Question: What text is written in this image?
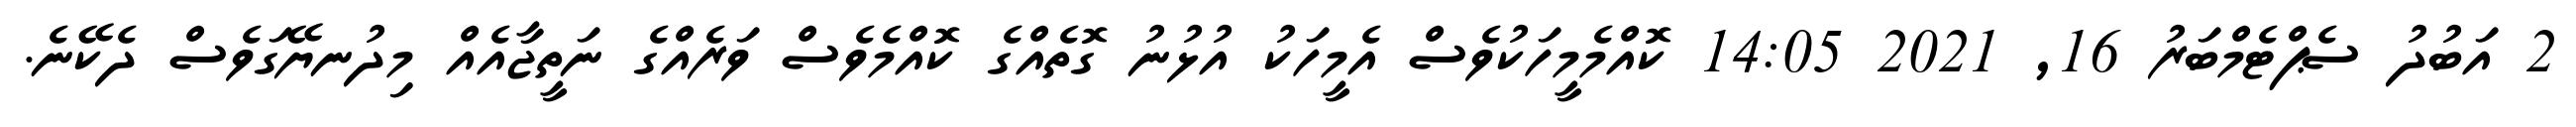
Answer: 2 އަބުދު ސެޕްޓެމްބަރު 16, 2021 14:05 ކޮއްމެމީހަކުވެސް އެމީހަކު އުޅުނު ގޮތެއްގެ ކޮއްމެވެސް ވަރެއްގެ ނަތީޖާއެއް މިދުނޔޭގަވެސް ދެކޭނެ.